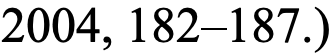
2004, 182–187.)